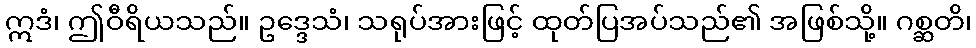
ဣဒံ၊ ဤဝီရိယသည်။ ဥဒ္ဒေသံ၊ သရုပ်အားဖြင့် ထုတ်ပြအပ်သည်၏ အဖြစ်သို့။ ဂစ္ဆတိ၊